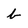
Character: b